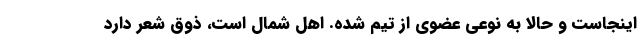
اینجاست و حالا به نوعی عضوی از تیم شده. اهل شمال است، ذوق شعر دارد